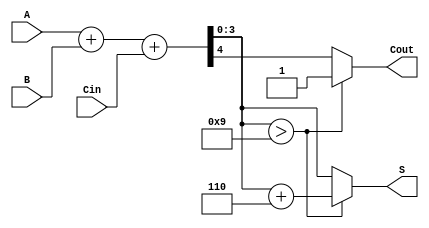
module BCD_Ripple_Carry_Adder (
    input [3:0] A,      // First BCD digit
    input [3:0] B,      // Second BCD digit
    input Cin,          // Carry-in
    output reg [3:0] S, // BCD sum output
    output reg Cout     // Carry-out
);

    wire [4:0] sum;     // Intermediate sum (5 bits to accommodate carry)
    wire correction;     // Correction signal for BCD adjustment

    // Full adder logic for BCD addition
    assign sum = A + B + Cin;

    // Check if the sum exceeds 9 (1001 in binary)
    assign correction = sum[3:0] > 4'b1001;

    always @(*) begin
        if (correction) begin
            // If correction is needed, add 6 (0110 in binary)
            S = sum + 4'b0110;
            Cout = 1; // Set carry-out if correction is applied
        end else begin
            S = sum[3:0]; // No correction needed
            Cout = sum[4]; // Carry-out from the sum
        end
    end

endmodule